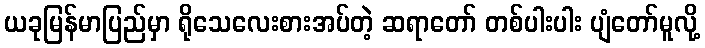
ယခုမြန်မာပြည်မှာ ရိုသေလေးစားအပ်တဲ့ ဆရာတော် တစ်ပါးပါး ပျံတော်မူလို့